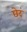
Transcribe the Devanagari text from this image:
छेदं